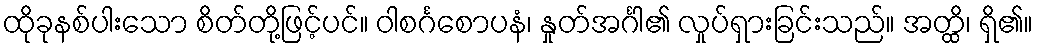
ထိုခုနစ်ပါးသော စိတ်တို့ဖြင့်ပင်။ ဝါစင်္ဂစောပနံ၊ နှုတ်အင်္ဂါ၏ လှုပ်ရှားခြင်းသည်။ အတ္ထိ၊ ရှိ၏။